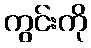
ကွင်းကို